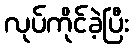
လုပ်ကိုင်ခဲ့ပြီး